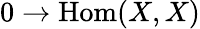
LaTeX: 0\to\operatorname{Hom}(X,X)